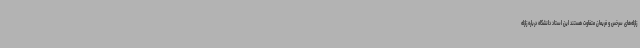
زلزله‌های سرخس و فریمان متفاوت هستند این استاد دانشگاه درباره زلزله